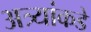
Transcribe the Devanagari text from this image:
अत्र्यांकडे